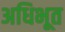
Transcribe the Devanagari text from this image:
अधिभूत